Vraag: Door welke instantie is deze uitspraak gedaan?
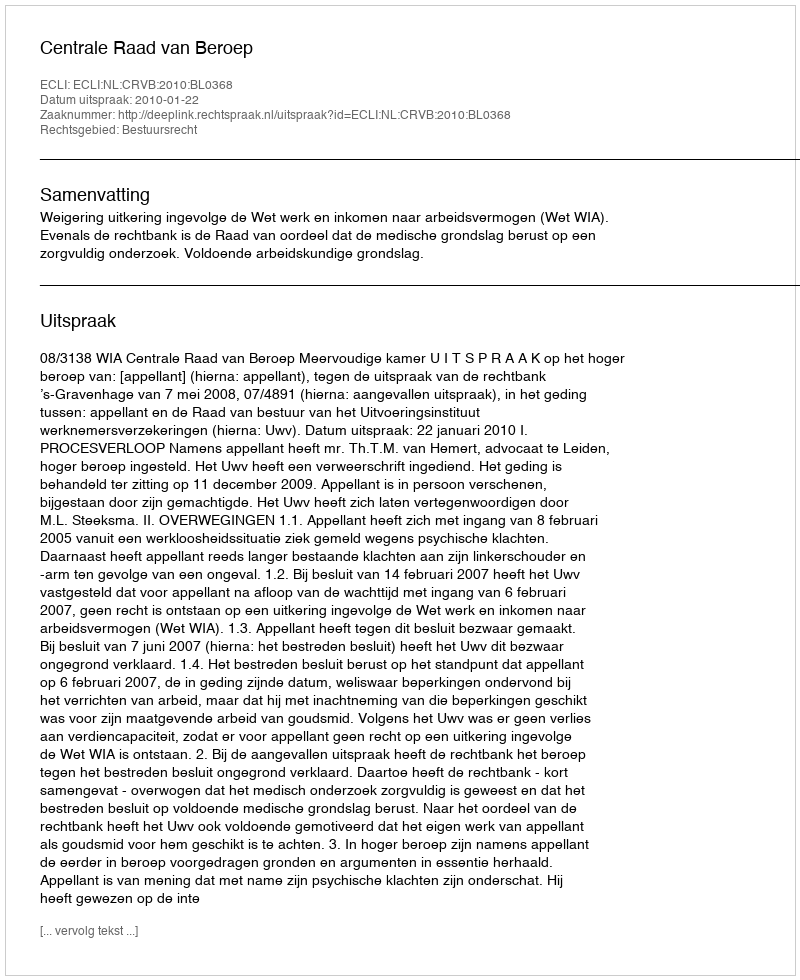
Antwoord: Centrale Raad van Beroep